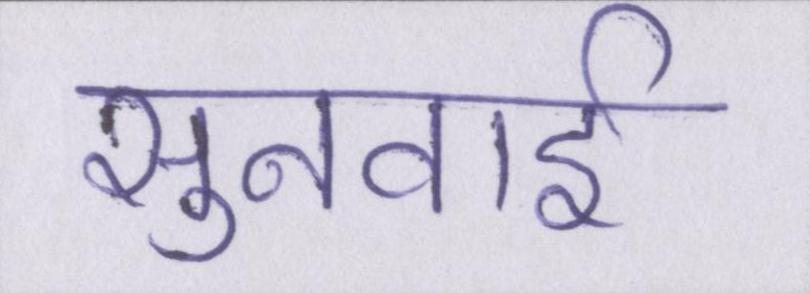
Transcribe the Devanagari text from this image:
सुनवाई